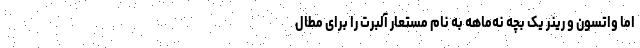
اما واتسون و رینر یک بچه نه‌ماهه به نام مستعار آلبرت را برای مطال